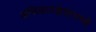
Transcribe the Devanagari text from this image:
अधिकारक्षेत्रामध्ये